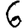
Digit: 6